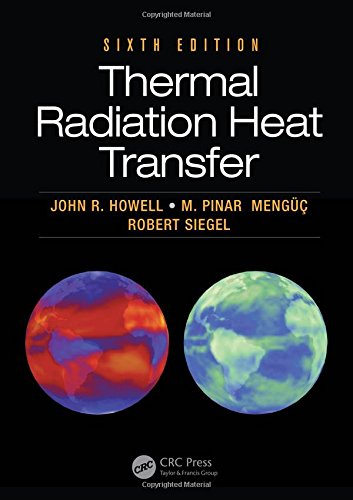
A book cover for Thermal Radiation Heat Transfer, 6th Edition; John R. Howell; Engineering & Transportation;